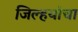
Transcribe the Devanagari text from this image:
जिल्हयांचा